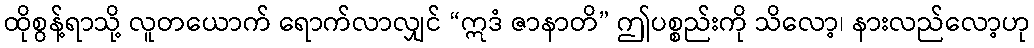
ထိုစွန့်ရာသို့ လူတယောက် ရောက်လာလျှင် “ဣဒံ ဇာနာတိ” ဤပစ္စည်းကို သိလော့၊ နားလည်လော့ဟု